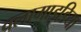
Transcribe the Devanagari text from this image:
क्लामाइडिया